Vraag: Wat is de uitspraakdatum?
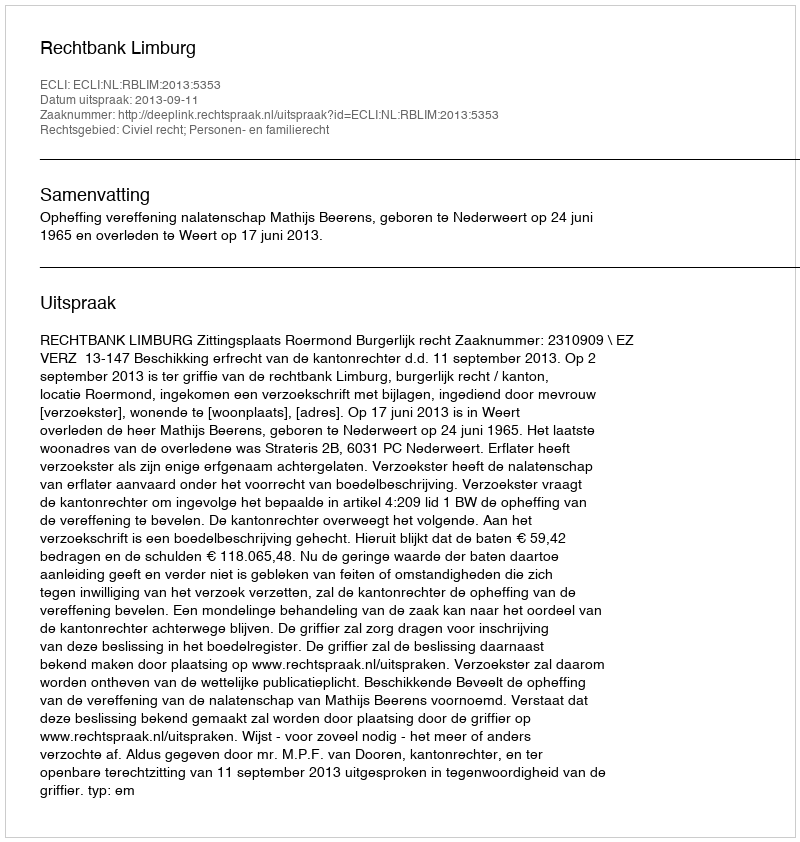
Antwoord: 2013-09-11